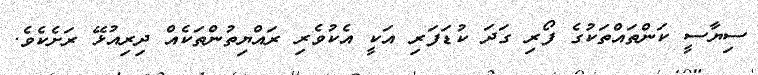
ސިޔާސީ ކަންތައްތަކުގެ ފޯރި ގަދަ ކުޑަފަރި އަކީ އެކުވެރި ރައްޔިތުންތަކެއް ދިރިއުޅޭ ރަށެކެވެ.